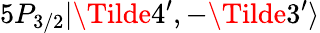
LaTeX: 5P_{3/2}|\Tilde{4^{\prime}},-\Tilde{3^{\prime}}\rangle